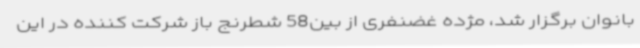
بانوان برگزار شد، مژده غضنفری از بین58 شطرنج باز شرکت کننده در این